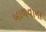
બાળવાના